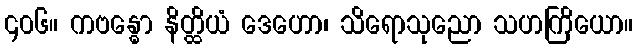
၄၀၆။ ကဗန္ဓော နိတ္ထိယံ ဒေဟော၊ သိရောသုညော သဟကြိယော။